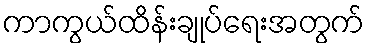
ကာကွယ်ထိန်းချုပ်ရေးအတွက်